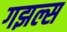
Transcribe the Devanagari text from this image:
गझल्स